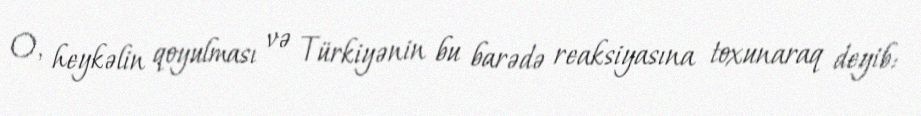
O, heykəlin qoyulması və Türkiyənin bu barədə reaksiyasına toxunaraq deyib: